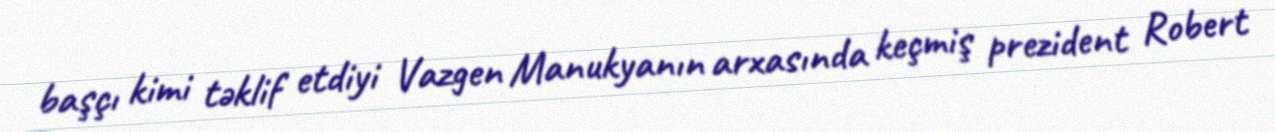
başçı kimi təklif etdiyi Vazgen Manukyanın arxasında keçmiş prezident Robert